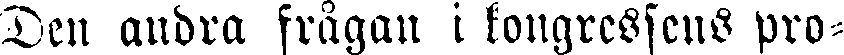
Den andra frågan i kongressens pro-